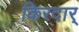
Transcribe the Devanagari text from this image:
किरदार्